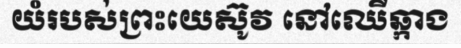
យំរបស់ព្រះយេស៊ូវ នៅឈើឆ្កាង